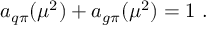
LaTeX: a _ { q \pi } ( \mu ^ { 2 } ) + a _ { g \pi } ( \mu ^ { 2 } ) = 1 \mathrm { \ . }